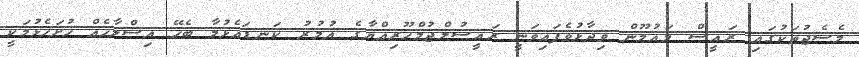
މެސެޖުތަކުގައި ރައީސް މައުމޫން ވިދާޅުވެފައިވަނީ ރައީސުލްޖުމްހޫރިއްޔާގެ އުމުރު ކަނޑައެޅުމާ ބެހޭ އިސްލާހެއް ހުށަހެޅުމަކީ